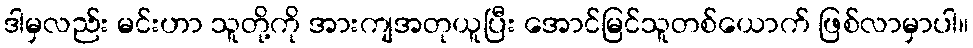
ဒါမှလည်း မင်းဟာ သူတို့ကို အားကျအတုယူပြီး အောင်မြင်သူတစ်ယောက် ဖြစ်လာမှာပါ။